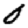
Digit: 0